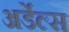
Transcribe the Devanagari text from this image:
अर्डेल्स